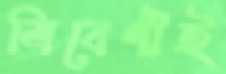
ত্রিবেণীই